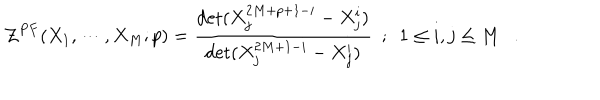
{ \cal { Z } } ^ { P F } ( X _ { 1 } , \cdots , X _ { M } ; p ) = { \frac { \det ( X _ { j } ^ { 2 M + p + 1 - i } - X _ { j } ^ { i } ) } { \det ( X _ { j } ^ { 2 M + 1 - i } - X _ { j } ^ { i } ) } } ~ ~ ; ~ ~ 1 \le i , j \le M .